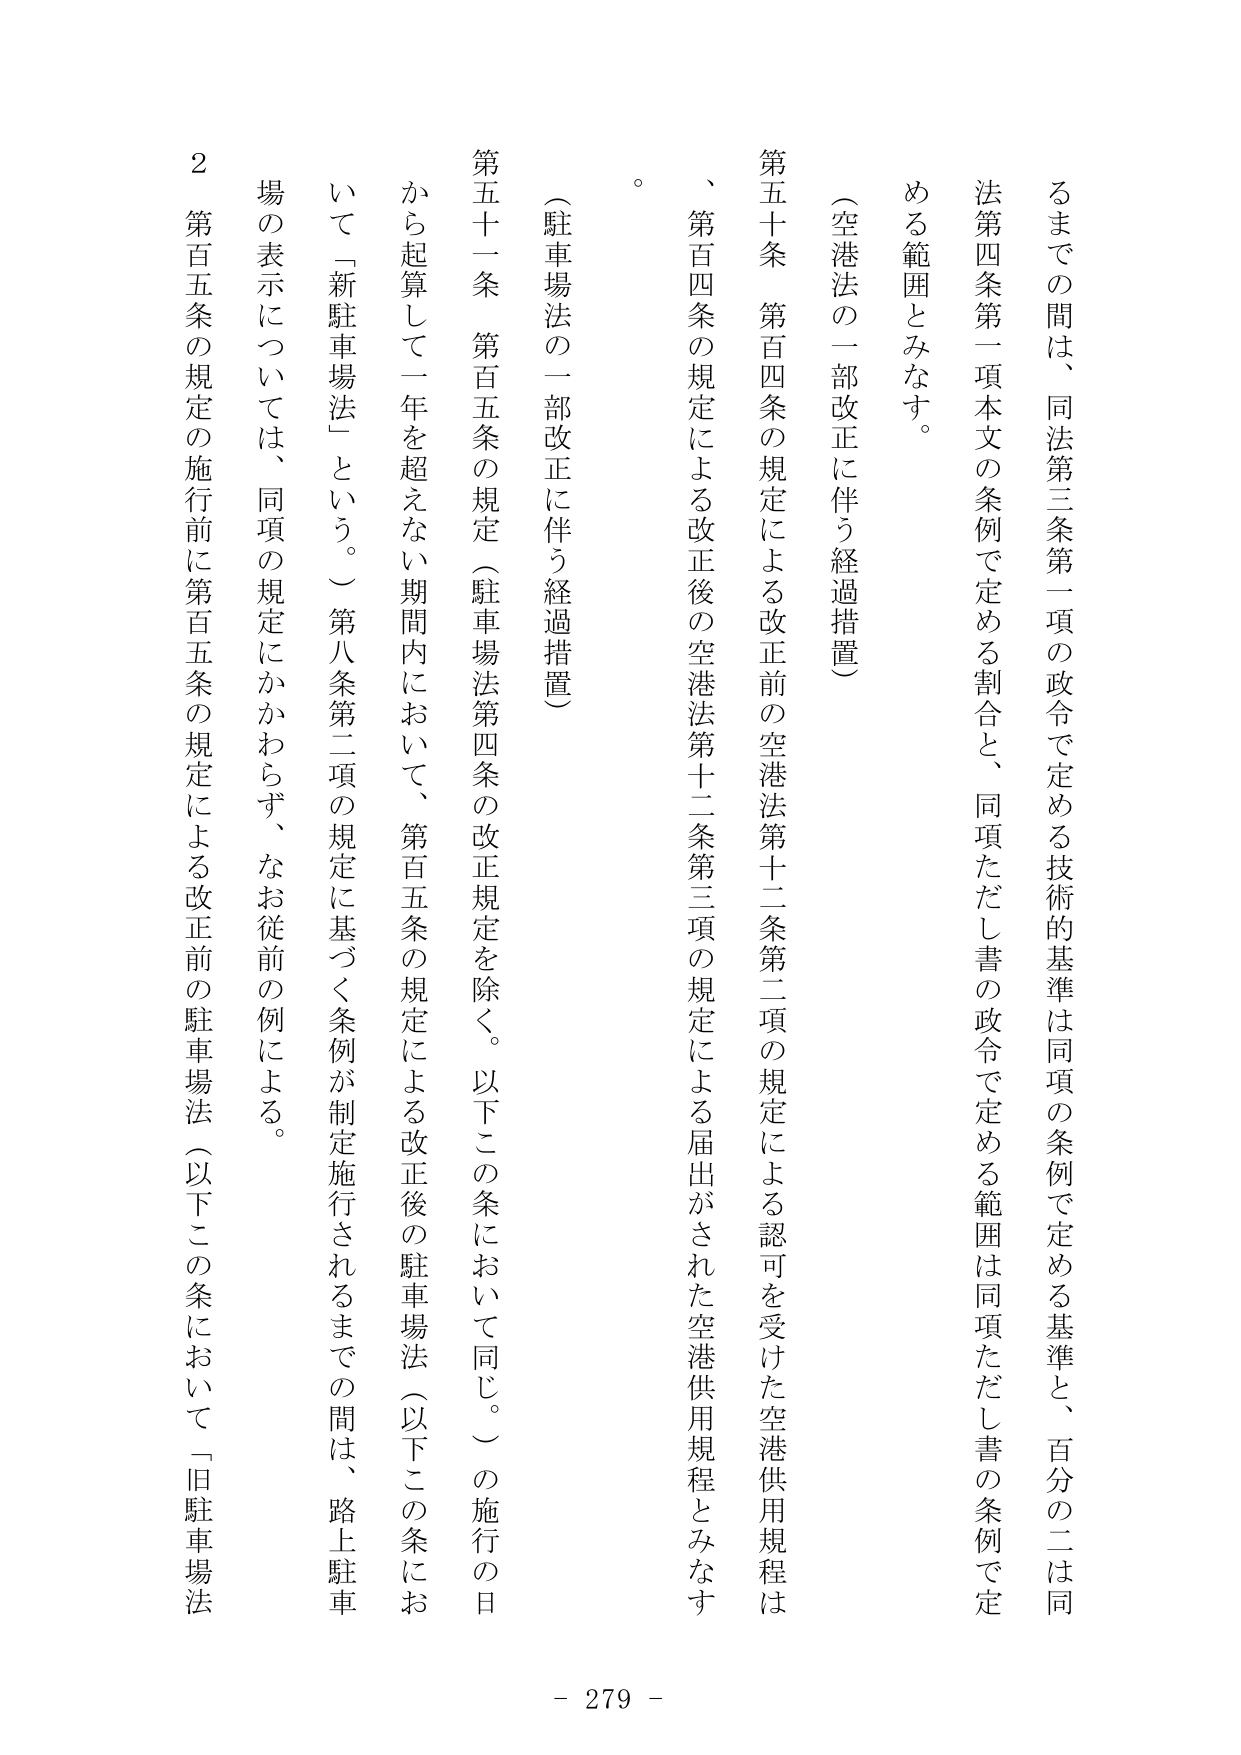
るまでの間は、同法第三条第一項の政令で定める技術的基準は同項の条例で定める基準と、百分の二是同法第四条第一項本文の条例で定める割合と、同項ただし書の政令で定める範囲は同項ただし書の条例で定める範囲とみなす。

（空港法の一部改正に伴う経過措置）

第五十条　第百四条の規定による改正前の空港法第十二条第二項の規定による認可を受けた空港供用規程は、第百四条の規定による改正後の空港法第十二条第三項の規定による届出がされた空港供用規程とみなす。

（駐車場法の一部改正に伴う経過措置）

第五十一条　第百五条の規定（駐車場法第四条の改正規定を除く。以下この条において同じ。）の施行の日から起算して一年を超えない期間内において、第百五条の規定による改正後の駐車場法（以下この条において「新駐車場法」という。）第八条第二項の規定に基づく条例が制定施行されるまでの間は、路上駐車場の表示については、同項の規定にかかわらず、なお従前の例による。

２　第百五条の規定の施行前に第百五条の規定による改正前の駐車場法（以下この条において「旧駐車場法

- 279 -